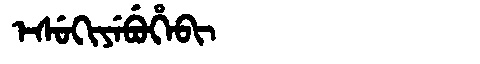
Manchu: ᡝᠰᡠᡴᡳᠶᡝᠪᡠᡥᡝᠪᡳ
Romanization: ESUKIYEBUHEBI